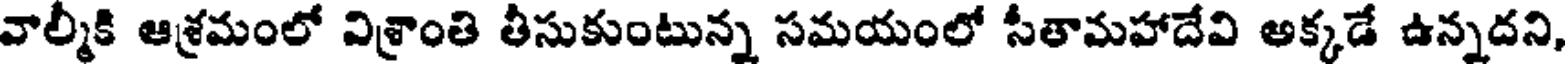
వాల్మీకి ఆశ్రమంలో విశ్రాంతి తీసుకుంటున్న సమయంలో సీతామహాదేవి అక్కడే ఉన్నదని,